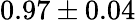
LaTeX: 0.97\pm 0.04